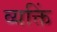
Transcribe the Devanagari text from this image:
व्यक्तिं